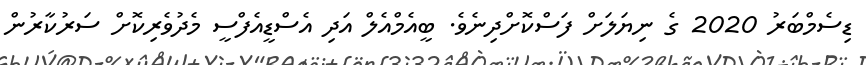
ޑިސެމްބަރު 2020 ގެ ނިޔަލަށް ފަސްކޮށްދިނެވެ. ބީއެމްއެލް އަދި އެސްޑީއެފްސީ މެދުވެރިކޮށް ސަރުކާރުން